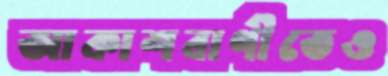
আকাশবাণীতেও